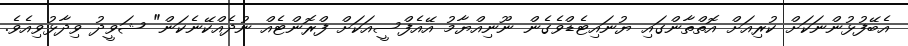
އެބޭފުޅުންނަކަށް ކުރިއަށް އޮތްތާންގައި ޔުނައިޓެޑްވެގެން ނޫނިއްޔާމު އޭއެފްސީއަކަށް ފްރޮންޓެއް ނުދެއްކޭނެކަން" ޝަވީދު ވިދާޅުވިއެވެ.